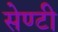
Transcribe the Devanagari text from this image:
सेण्टी